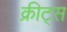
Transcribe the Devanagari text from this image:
क्रीट्स